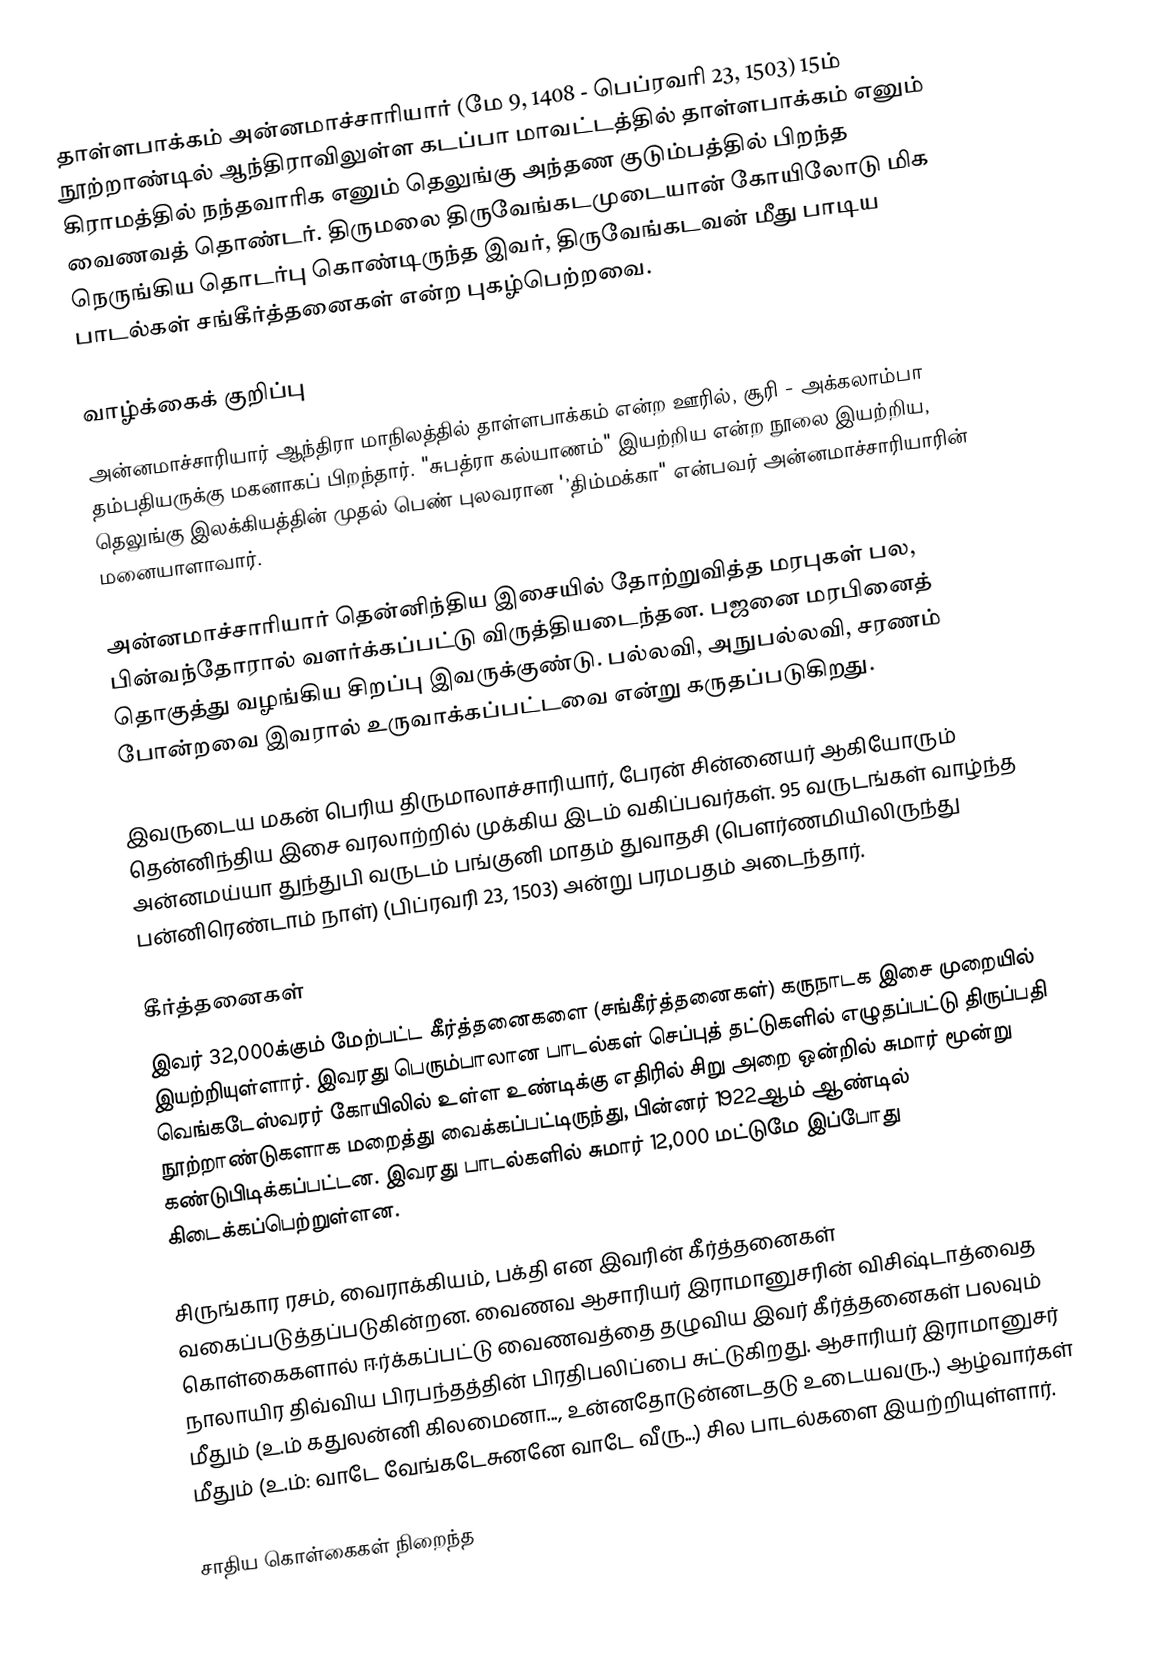
தாள்ளபாக்கம் அன்னமாச்சாரியார் (மே 9, 1408 - பெப்ரவரி 23, 1503) 15ம் நூற்றாண்டில் ஆந்திராவிலுள்ள கடப்பா மாவட்டத்தில் தாள்ளபாக்கம் எனும் கிராமத்தில் நந்தவாரிக எனும் தெலுங்கு அந்தண குடும்பத்தில் பிறந்த வைணவத் தொண்டர். திருமலை திருவேங்கடமுடையான் கோயிலோடு மிக நெருங்கிய தொடர்பு கொண்டிருந்த இவர், திருவேங்கடவன் மீது பாடிய பாடல்கள் சங்கீர்த்தனைகள் என்ற புகழ்பெற்றவை.

வாழ்க்கைக் குறிப்பு
அன்னமாச்சாரியார் ஆந்திரா மாநிலத்தில் தாள்ளபாக்கம் என்ற ஊரில், சூரி - அக்கலாம்பா தம்பதியருக்கு மகனாகப் பிறந்தார். "சுபத்ரா கல்யாணம்" இயற்றிய என்ற நூலை இயற்றிய, தெலுங்கு இலக்கியத்தின் முதல் பெண் புலவரான '’திம்மக்கா" என்பவர் அன்னமாச்சாரியாரின் மனையாளாவார்.

அன்னமாச்சாரியார் தென்னிந்திய இசையில் தோற்றுவித்த மரபுகள் பல, பின்வந்தோரால் வளர்க்கப்பட்டு விருத்தியடைந்தன. பஜனை மரபினைத் தொகுத்து வழங்கிய சிறப்பு இவருக்குண்டு. பல்லவி, அநுபல்லவி, சரணம் போன்றவை இவரால் உருவாக்கப்பட்டவை என்று கருதப்படுகிறது.

இவருடைய மகன் பெரிய திருமாலாச்சாரியார், பேரன் சின்னையர் ஆகியோரும் தென்னிந்திய இசை வரலாற்றில் முக்கிய இடம் வகிப்பவர்கள். 95 வருடங்கள் வாழ்ந்த அன்னமய்யா துந்துபி வருடம் பங்குனி மாதம் துவாதசி (பெளர்ணமியிலிருந்து பன்னிரெண்டாம் நாள்) (பிப்ரவரி 23, 1503) அன்று பரமபதம் அடைந்தார்.

கீர்த்தனைகள்
இவர் 32,000க்கும் மேற்பட்ட கீர்த்தனைகளை (சங்கீர்த்தனைகள்) கருநாடக இசை முறையில் இயற்றியுள்ளார். இவரது பெரும்பாலான பாடல்கள் செப்புத் தட்டுகளில் எழுதப்பட்டு திருப்பதி வெங்கடேஸ்வரர் கோயிலில் உள்ள உண்டிக்கு எதிரில் சிறு அறை ஒன்றில் சுமார் மூன்று நூற்றாண்டுகளாக மறைத்து வைக்கப்பட்டிருந்து, பின்னர் 1922ஆம் ஆண்டில் கண்டுபிடிக்கப்பட்டன. இவரது பாடல்களில் சுமார் 12,000 மட்டுமே இப்போது கிடைக்கப்பெற்றுள்ளன.

சிருங்கார ரசம், வைராக்கியம், பக்தி என இவரின் கீர்த்தனைகள் வகைப்படுத்தப்படுகின்றன. வைணவ ஆசாரியர் இராமானுசரின் விசிஷ்டாத்வைத கொள்கைகளால் ஈர்க்கப்பட்டு வைணவத்தை தழுவிய இவர் கீர்த்தனைகள் பலவும் நாலாயிர திவ்விய பிரபந்தத்தின் பிரதிபலிப்பை சுட்டுகிறது. ஆசாரியர் இராமானுசர் மீதும் (உ.ம் கதுலன்னி கிலமைனா..., உன்னதோடுன்னடதடு உடையவரு..)  ஆழ்வார்கள் மீதும் (உ.ம்: வாடே வேங்கடேசுனனே வாடே வீரு...) சில பாடல்களை இயற்றியுள்ளார்.

சாதிய கொள்கைகள் நிறைந்த